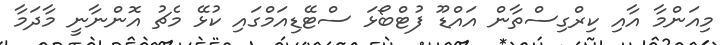
މިއަންމާ އާއި ކިރްގިސްތާން އައްޑޫ ފުޓްބޯޅަ ސްޓޭޑިއަމްގައި ކުޅޭ މެޗު އޮންނާނީ މާދަމާ